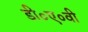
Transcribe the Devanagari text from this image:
डी०ए०वी